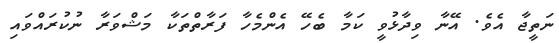
ނަތީޖާ އެވެ. އޭނާ ވިދާޅުވީ ކަމާ ބެހޭ އެންމެހާ ފަރާތްތަކާ މަޝްވަރާ ނުުކުރައްވައި